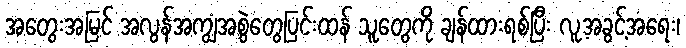
အတွေးအမြင် အလွန်အကျွံအစွဲတွေပြင်းထန် သူတွေကို ချန်ထားရစ်ပြီး လူ့အခွင့်အရေး၊